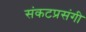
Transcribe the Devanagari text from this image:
संकटप्रसंगी